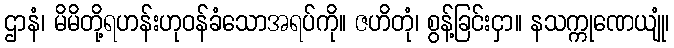
ဌာနံ၊ မိမိတို့ရဟန်းဟုဝန်ခံသောအရပ်ကို။ ဇဟိတုံ၊ စွန့်ခြင်းငှာ။ နသက္ကုဏေယျုံ၊